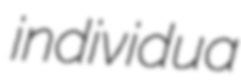
individua